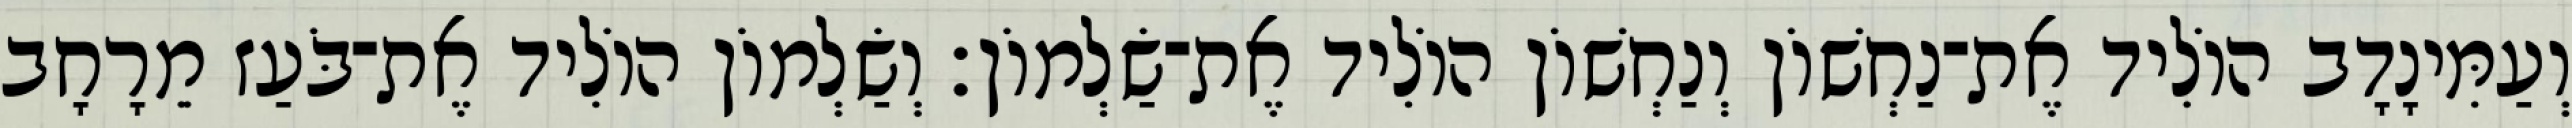
וְעַמִּינָדָב הוֹלִיד אֶת־נַחְשׁוֹן וְנַחְשׁוֹן הוֹלִיד אֶת־שַׂלְמוֹן׃ וְשַׂלְמוֹן הוֹלִיד אֶת־בֹּעַז מֵרָחָב